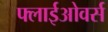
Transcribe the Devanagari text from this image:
फ्लाईओवर्स